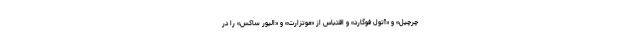
چرچیل» و «آتول فوگارد» و اقتباس از «موتزارت» و «الیور ساکس» را در